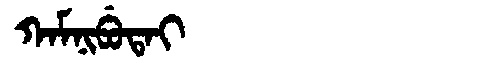
Manchu: ᡴᠠᠮᠨᡳᠪᡠᡨᠠᡳ
Romanization: KAMNIBUTAI